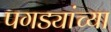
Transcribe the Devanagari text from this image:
पगड्यांच्या